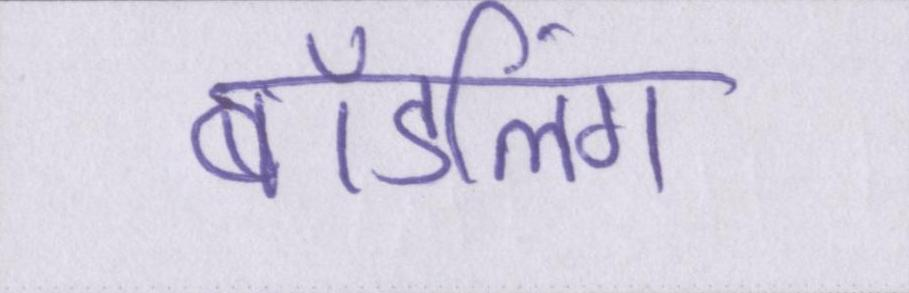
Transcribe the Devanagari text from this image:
बॉडलिंग